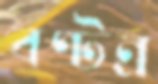
বণ্টন্র